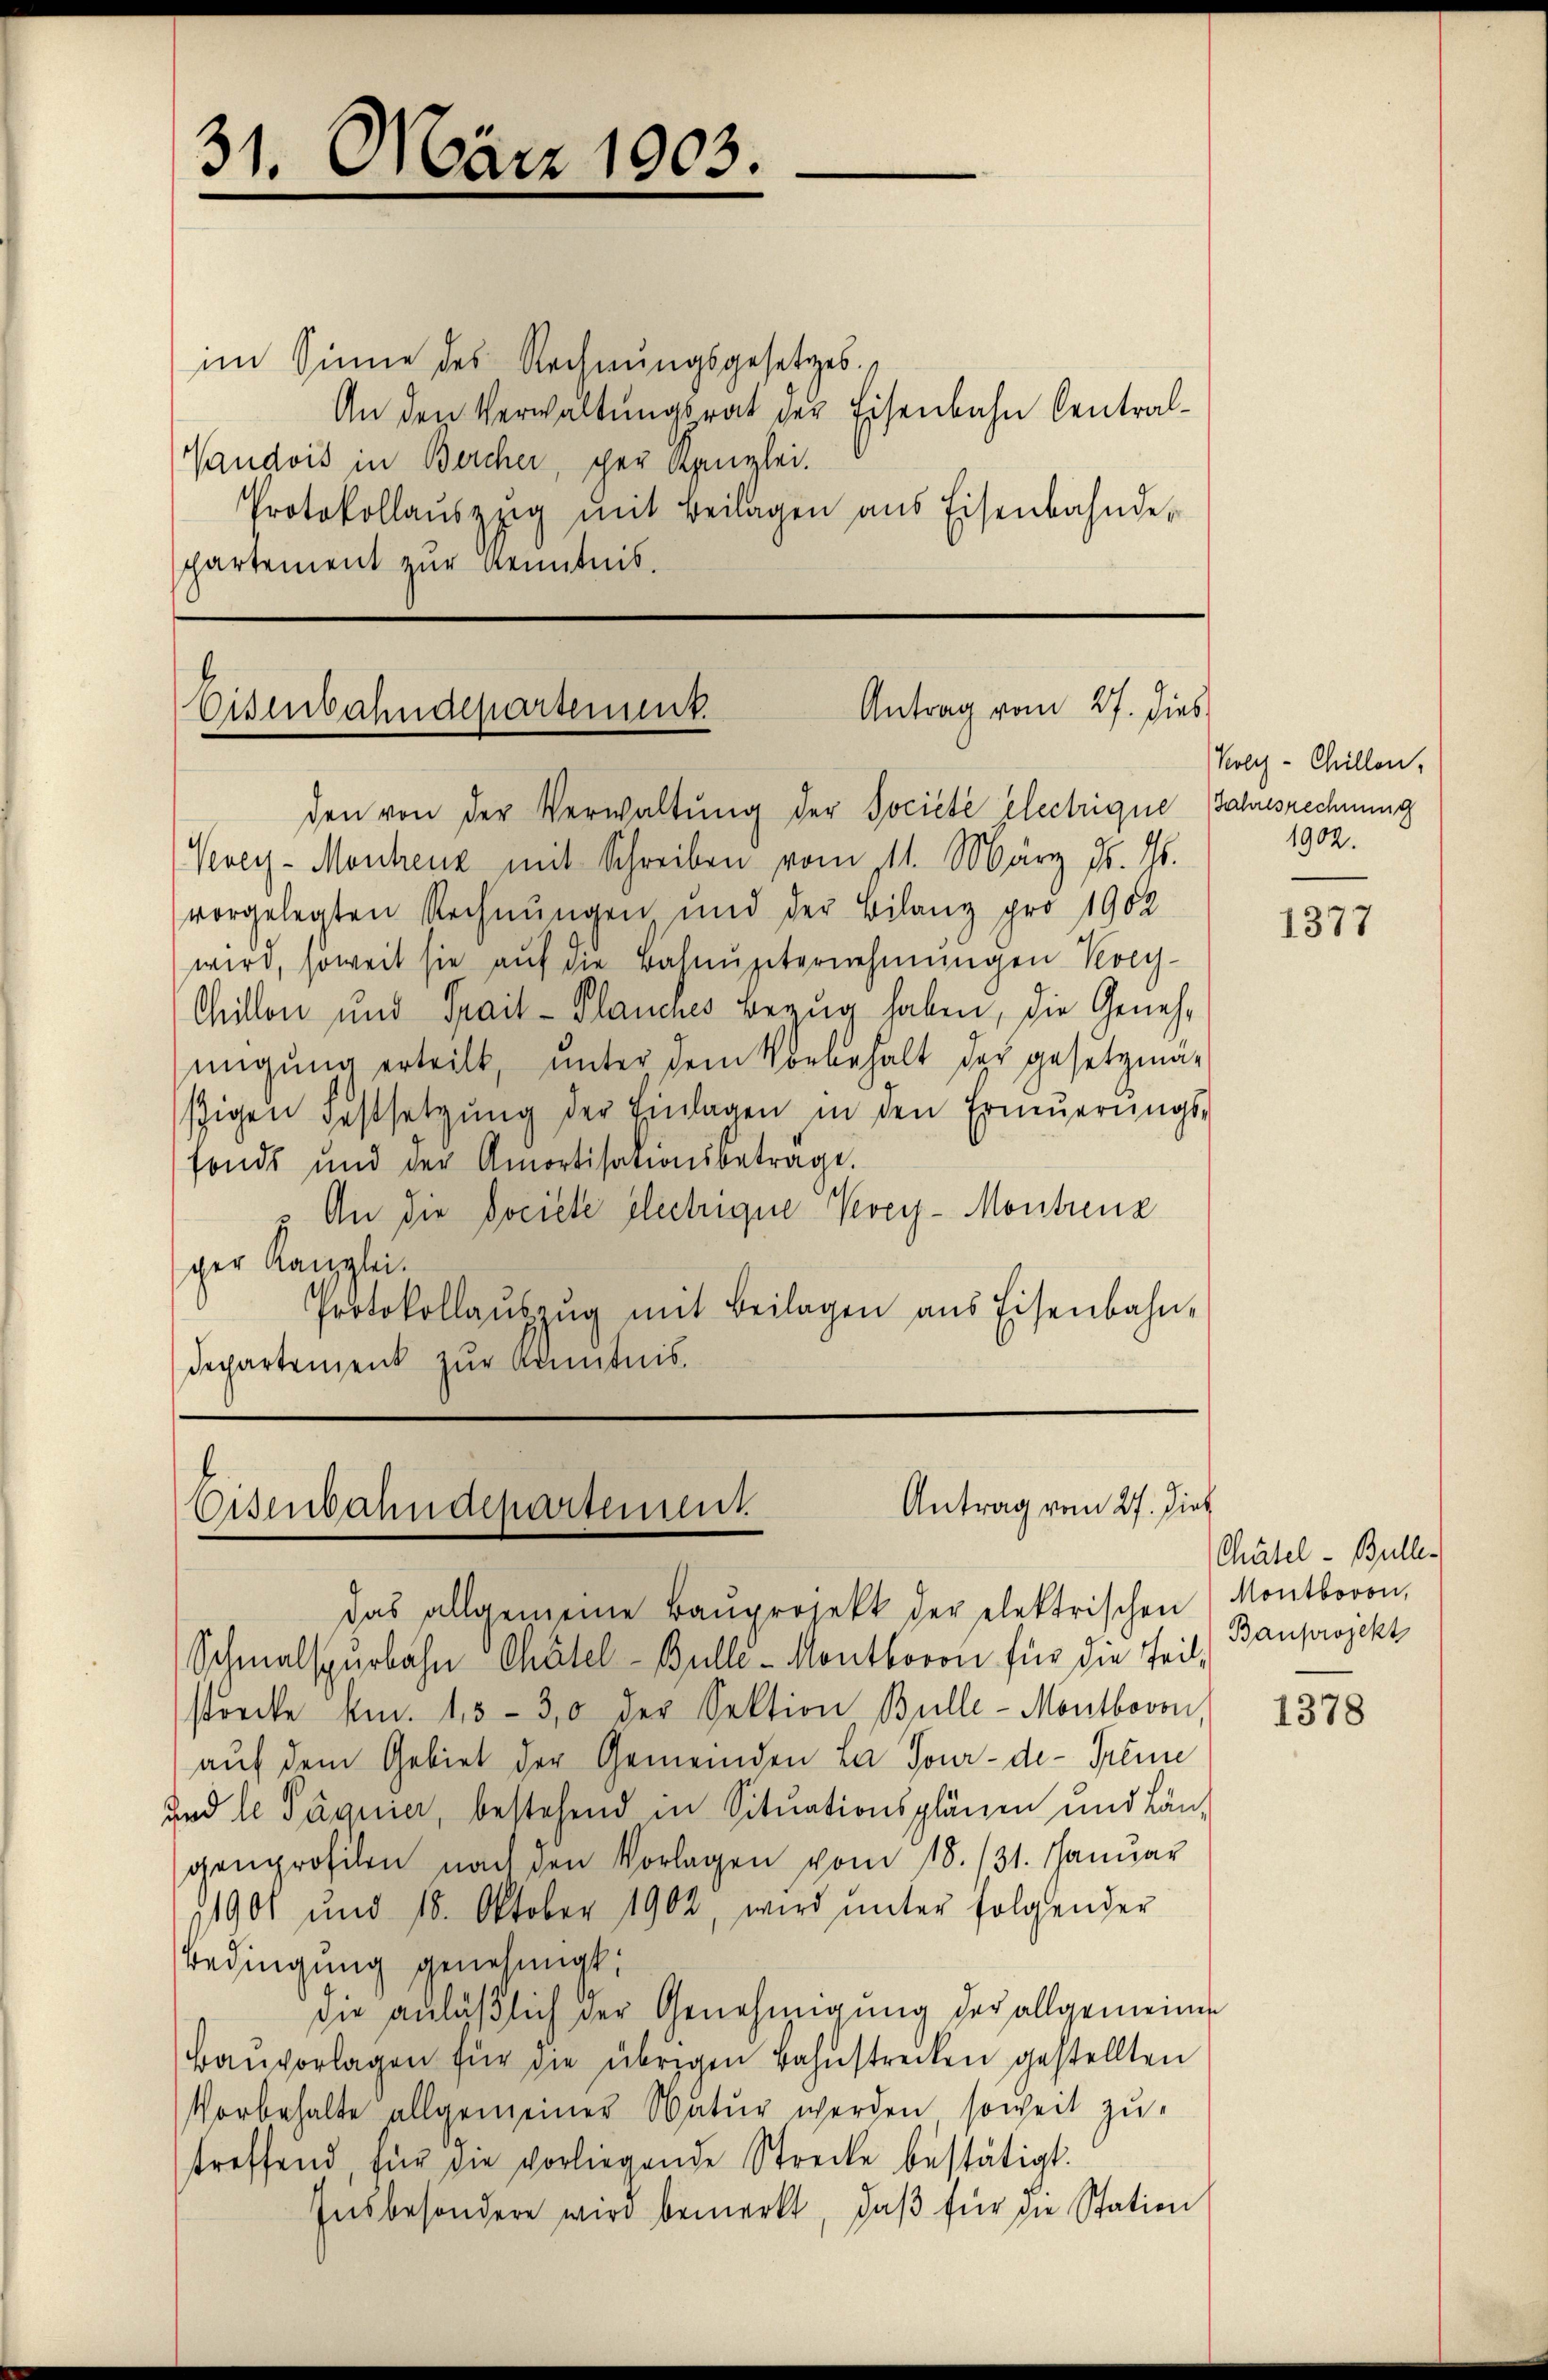
31. März 1903.

im Sinne des Rechnungsgesetzes.
An den Verwaltungsrat der Eisenbahn Central-
Vaudois in Bercher, per Kanzlei.
Protokollaŭszzig mit Beilagen aus Eisenbahnde-
partement zur Kenntnis.

Antrag vom 27. dies
Eisenbahndepartement.
den von der Verwaltŭng der Societe Electrique Jahresrechnung

f
Antrag vom 27. dies
Eisenbahndepartement

Vevey-Monhenz mit Schreiben vom 11. März d. Js.
vorgelegten Rechnungen und der Bilanz pro 1902
wird, soweit sie auf die Bahnunternehmungen Kory-
Chillon und Spail- Planches Bezug haben, die Genehmigung erteilt, unter dem Vorbehalt der gesetzmäsigen Festsetzŭng der Einlagen in den Erneŭerŭngs-
fonds und der Amortisationsbetrage.
.. An die Societe Electrigue Krey- Montreuz
ger Kanzlei.
Protokollauszug mit Beilagen aus Eisenbahn¬
Departement zur Kenntnis.

das allgemeine Baŭprojekt der elektrischen Montboron,
Schmalspurbahn Chätel- Bullé-Montboron für die Teil,
strecke km. 1,5 - 30 der Sektion Bulle-Montbovon
auf dem Gebiet der Gemeinden La Jour-de-Freie
und le Pagnier, bestehend in Situationsplänen und Län-
genprofilen nach den Vorlagen vom 18. 131. Januar
11901 und 18. Oktober 1902, wird ŭnter folgender
Bedingung genehmigt:
die anläßlich der Genehmigung der allgemeinen
Baŭvorlagen für die übrigen Bahnstrecken gestellten
Vorbehalte allgemeiner Natur werden soweit zu-
treffend für die vorliegende Strecke bestätigt.
Insbesondere wird bemerkt, daβ für die Station

Koly-Chillen,
1902.

1377

Chätel- Bulle¬
Bauprojekt

1378